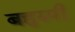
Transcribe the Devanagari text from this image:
बहुरुपी